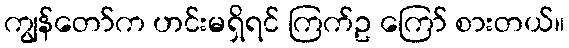
ကျွန်တော်က ဟင်းမရှိရင် ကြက်ဥ ကြော် စားတယ်။